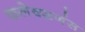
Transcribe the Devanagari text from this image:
कलेक्शनंस